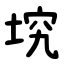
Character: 㙀